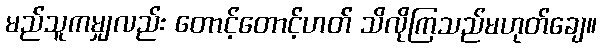
မည်သူကမျှလည်း တောင့်တောင့်ဟတ် သိလိုကြသည်မဟုတ်ချေ။